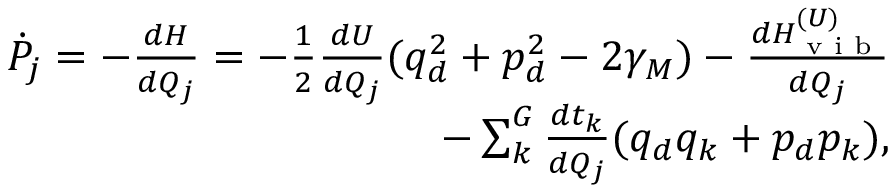
\begin{array} { r } { \dot { P } _ { j } = - \frac { d H } { d Q _ { j } } = - \frac { 1 } { 2 } \frac { d U } { d Q _ { j } } ( q _ { d } ^ { 2 } + p _ { d } ^ { 2 } - 2 \gamma _ { M } ) - \frac { d H _ { \textrm { v i b } } ^ { ( U ) } } { d Q _ { j } } } \\ { - \sum _ { k } ^ { G } \frac { d t _ { k } } { d Q _ { j } } ( q _ { d } q _ { k } + p _ { d } p _ { k } ) , } \end{array}